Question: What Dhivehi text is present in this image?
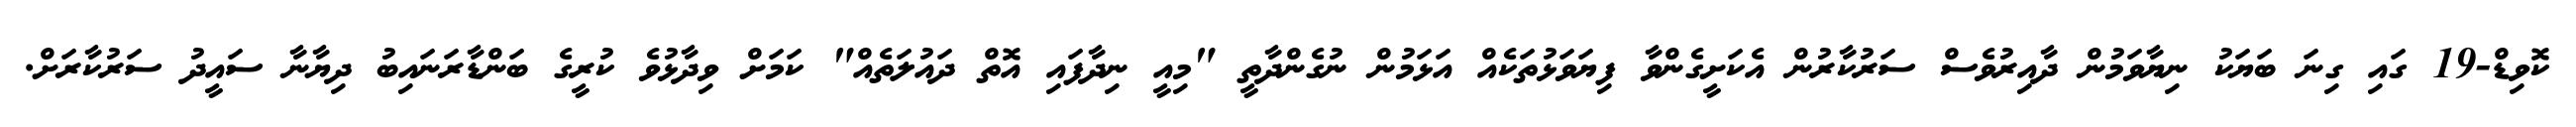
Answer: ކޮވިޑް-19 ގައި ގިނަ ބަޔަކު ނިޔާވަމުން ދާއިރުވެސް ސަރުކާރުން އެކަށީގެންވާ ފިޔަވަޅުތަކެއް އަޅަމުން ނުގެންދާތީ "މިއީ ނިދާފައި އޮތް ދައުލަތެއް" ކަމަށް ވިދާޅުވެ ކުރީގެ ބަންޑާރަނައިބު ދިޔާނާ ސައީދު ސަރުކާރަށް.